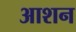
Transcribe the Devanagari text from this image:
आशन